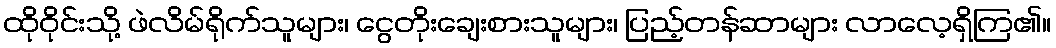
ထိုဝိုင်းသို့ ဖဲလိမ်ရိုက်သူများ၊ ငွေတိုးချေးစားသူများ၊ ပြည့်တန်ဆာများ လာလေ့ရှိကြ၏။